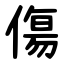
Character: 傷